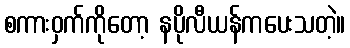
စကားဝှက်ကိုတော့ နပိုလီယန်ကပေးသတဲ့။